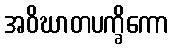
အဝိဃာတပက္ခိကော